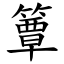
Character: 簟